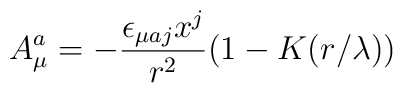
A_\mu^a = -{\epsilon_{\mu a j}x^j \over r^2}(1-K(r/\lambda))